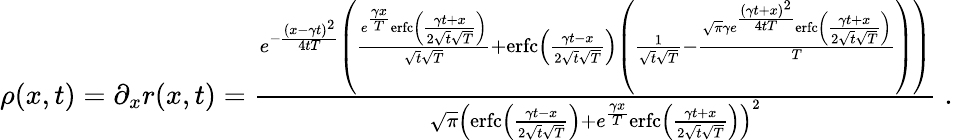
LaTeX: \begin{array}{r}{\rho(x,t)=\partial_{x}r(x,t)=\frac{e^{-\frac{(x-\gamma t)^{2}}{4tT}}\left(\frac{e^{\frac{\gamma x}{T}}\mathrm{erfc}\left(\frac{\gamma t+x}{2\sqrt{t}\sqrt{T}}\right)}{\sqrt{t}\sqrt{T}}+\mathrm{erfc}\left(\frac{\gamma t-x}{2\sqrt{t}\sqrt{T}}\right)\left(\frac{1}{\sqrt{t}\sqrt{T}}-\frac{\sqrt{\pi}\gamma e^{\frac{(\gamma t+x)^{2}}{4tT}}\mathrm{erfc}\left(\frac{\gamma t+x}{2\sqrt{t}\sqrt{T}}\right)}{T}\right)\right)}{\sqrt{\pi}\left(\mathrm{erfc}\left(\frac{\gamma t-x}{2\sqrt{t}\sqrt{T}}\right)+e^{\frac{\gamma x}{T}}\mathrm{erfc}\left(\frac{\gamma t+x}{2\sqrt{t}\sqrt{T}}\right)\right)^{2}}\; .}\end{array}